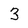
Character: 3